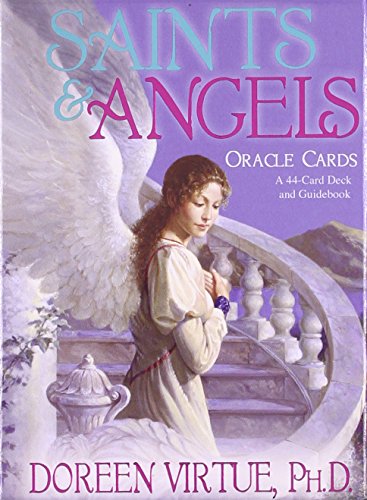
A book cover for Saints & Angels Cards; Doreen Virtue; Religion & Spirituality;